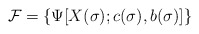
\begin{align*}{\cal F} =\{\Psi[X (\sigma); c (\sigma), b(\sigma)]\}\end{align*}